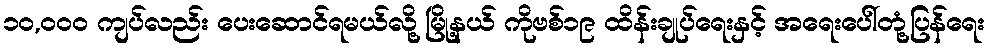
၁၀,၀၀၀ ကျပ်လည်း ပေးဆောင်ရမယ်လို့ မြို့နယ် ကိုဗစ်၁၉ ထိန်းချုပ်ရေးနှင့် အရေးပေါ်တုံ့ပြန်ရေး